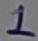
Text: 1